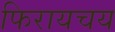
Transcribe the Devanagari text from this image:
फिरायचय